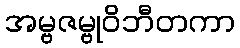
အမ္ဗဇမ္ဗုဝိဘီတကာ